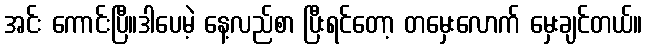
အင်း ကောင်းပြီ။ဒါပေမဲ့ နေ့လည်စာ ပြီးရင်တော့ တမှေးလောက် မှေးချင်တယ်။